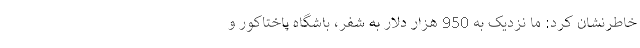
خاطرنشان کرد: ما نزدیک به 950 هزار دلار به شفر، باشگاه پاختاکور و